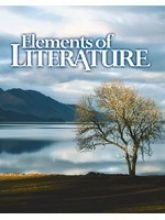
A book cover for Elements of Literature; Ronald A., Ph.d. Horton; Teen & Young Adult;